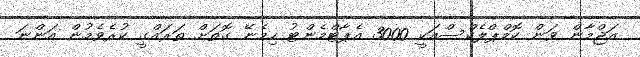
އަޖްމާން ވަން ކޮމްޕްލެކްސްއަކީ 3000 އެޕާޓްމެންޓު ހިމެނޭ ގޮތަށް ތަރައްގީ ކުރެވެމުން އަންނަ